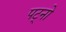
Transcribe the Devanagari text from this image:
पट्नो